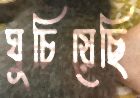
ঘুচিয়েছি